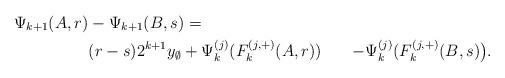
LaTeX: \begin{align*} \Psi_{k+1}(A,r)&-\Psi_{k+1}(B,s)=\\ &(r-s)2^{k+1}y_\emptyset+ \Psi_k^{(j)}(F_k^{(j,+)}(A,r)) &-\Psi_k^{(j)}(F_k^{(j,+)}(B,s)\big).\\\end{align*}